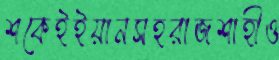
শকেইইয়ানসহরাজশাহীও